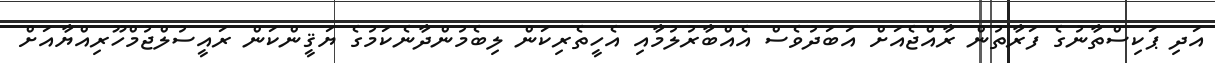
އަދި ޕަކިސްތާނުގެ ފަރާތުން ރާއްޖެއަށް އަބަދުވެސް އެއްބާރުލުމާއި އެހީތެރިކަން ލިބެމުންދާނެކަމުގެ ޔަޤީންކަން ރައީސުލްޖުމްހޫރިއްޔާއަށް